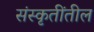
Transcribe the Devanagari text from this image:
संस्कृतींतील